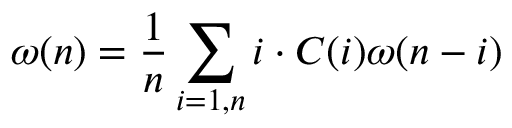
\omega ( n ) = \frac { 1 } { n } \sum _ { i = 1 , n } i \cdot C ( i ) \omega ( n - i )